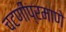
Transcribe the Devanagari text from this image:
चटणीप्रमाणे